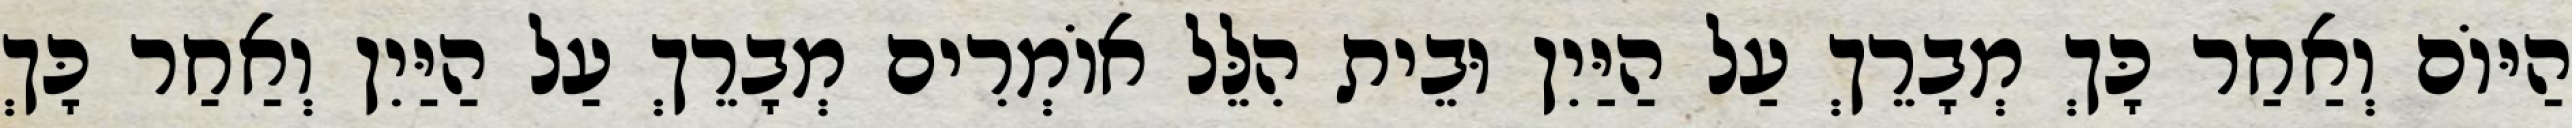
הַיּוֹם וְאַחַר כָּךְ מְבָרֵךְ עַל הַיַּיִן וּבֵית הִלֵּל אוֹמְרִים מְבָרֵךְ עַל הַיַּיִן וְאַחַר כָּךְ